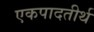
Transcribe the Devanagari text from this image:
एकपादतीर्थ